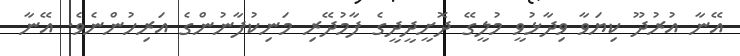
އޭނާ އުރުދޫ ކިޔަވާ ވިދާޅުވީ މުލީގޭ ދޮށީދީދީގެ ފާމުދޭރި މަނިކުފާނުންގެ އަރިހުންނެވެ. އޭނާ